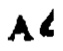
$A\ell$